Document type: Grant
Year: 1403
Scribe: Berenguer Pedrosell
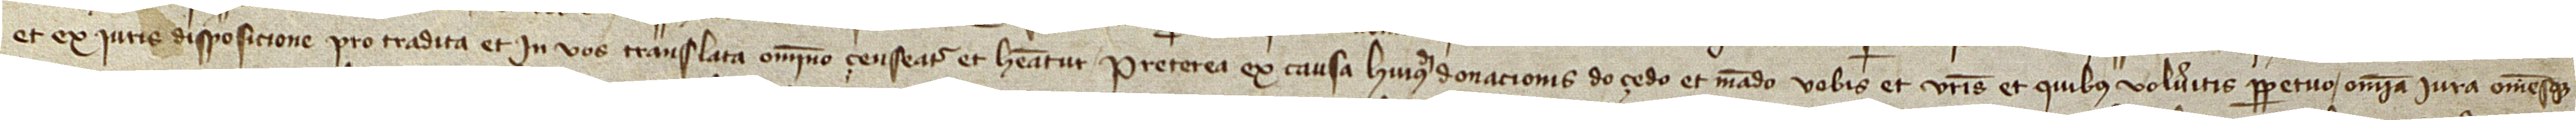
et ex iuris disposicione pro tradita et in vos translata omnino censeatur et habeantur. Preterea ex causa huiusmodi donacionis do, çedo et mando vobis et vestris et quibus volueritis perpetuo omnia iura omnesque